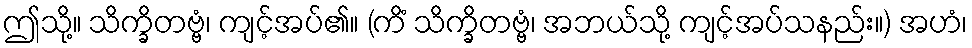
ဤသို့။ သိက္ခိတဗ္ဗံ၊ ကျင့်အပ်၏။ (ကိံ သိက္ခိတဗ္ဗံ၊ အဘယ်သို့ ကျင့်အပ်သနည်း။) အဟံ၊